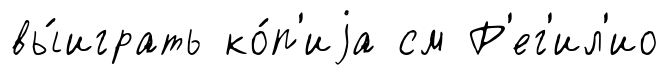
вы́играть ко́п'иjа см Р'ег'ил'ио